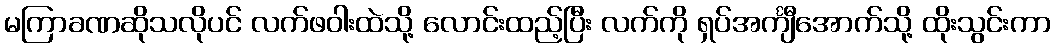
မကြာခဏဆိုသလိုပင် လက်ဖဝါးထဲသို့ လောင်းထည့်ပြီး လက်ကို ရှပ်အင်္ကျီအောက်သို့ ထိုးသွင်းကာ